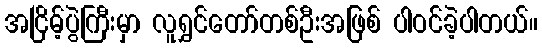
အငြိမ့်ပွဲကြီးမှာ လူရွှင်တော်တစ်ဦးအဖြစ် ပါဝင်ခဲ့ပါတယ်။